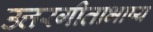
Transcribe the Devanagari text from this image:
उत्तरगीताभाष्य